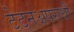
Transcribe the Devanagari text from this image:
टेटनअपराधी